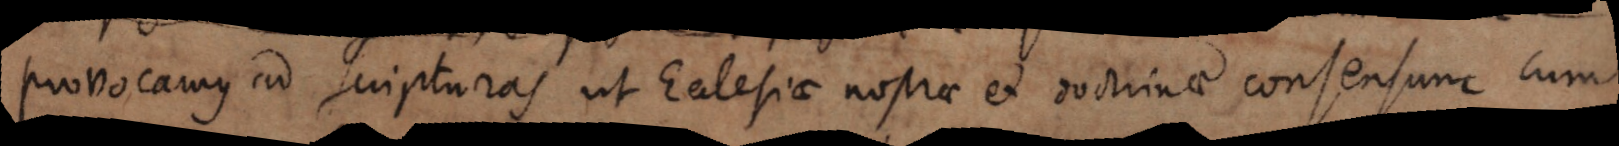
provocamus ad scripturas ut Ecclesiae nostrae et doctrinae consensum cum